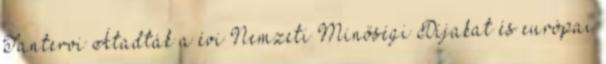
Tantervi Átadták a évi Nemzeti Minőségi Díjakat és európai